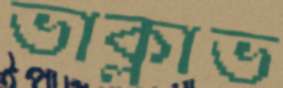
ভাক্লাভ